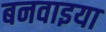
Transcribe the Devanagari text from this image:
बनवाइया